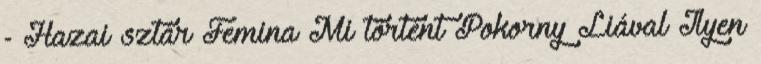
- Hazai sztár Femina Mi történt Pokorny Liával Ilyen